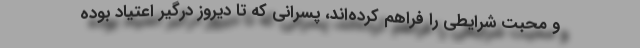
و محبت شرایطی را فراهم کرده‌اند، پسرانی که تا دیروز درگیر اعتیاد بوده